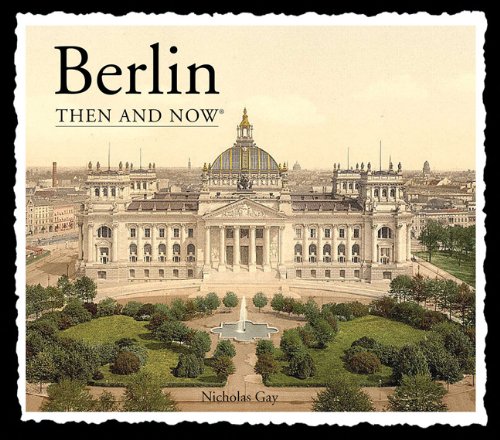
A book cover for Berlin Then and Now (Then & Now Thunder Bay); Nick Gay; Travel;